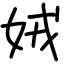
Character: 娀